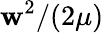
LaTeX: \mathbf{w}^{2}/(2\mu)